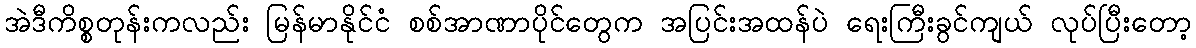
အဲဒီကိစ္စတုန်းကလည်း မြန်မာနိုင်ငံ စစ်အာဏာပိုင်တွေက အပြင်းအထန်ပဲ ရေးကြီးခွင်ကျယ် လုပ်ပြီးတော့